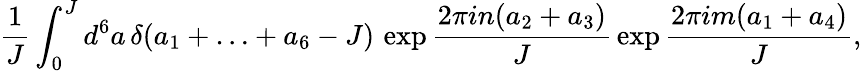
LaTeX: \frac{1}{J}\int_{0}^{J}d^{6}a\, \delta(a_{1}+\ldots+a_{6}-J)\, \exp\frac{2\pi in(a_{2}+a_{3})}{J}\, \exp\frac{2\pi im(a_{1}+a_{4})}{J},